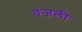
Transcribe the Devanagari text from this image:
वंजली